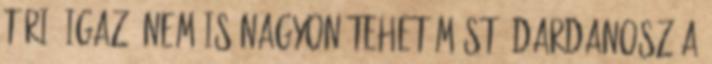
tűri, igaz, nem is nagyon tehet mást. Dardanosz a